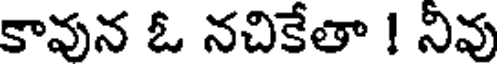
కావున ఓ నచికేతా ! నివు